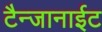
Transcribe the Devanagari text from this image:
टैन्जानाईट